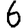
Digit: 6